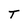
Character: T